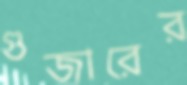
গুজারের